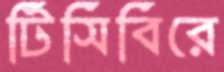
টিসিবিরে